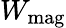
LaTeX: W_{\mathrm{mag}}